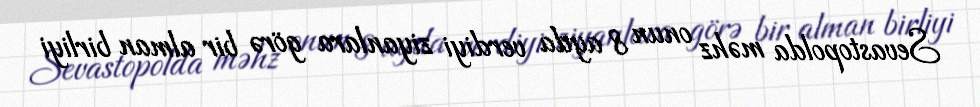
Sevastopolda məhz onun 8 ayda verdiyi ziyanlara görə bir alman birliyi